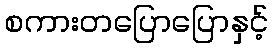
စကားတပြောပြောနှင့်